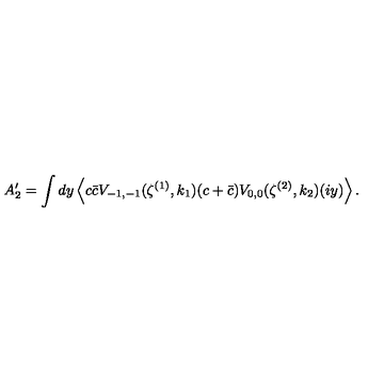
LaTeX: A _ { 2 } ^ { \prime } = \int d y \left\langle c \bar { c } V _ { - 1 , - 1 } ( \zeta ^ { ( 1 ) } , k _ { 1 } ) ( c + \bar { c } ) V _ { 0 , 0 } ( \zeta ^ { ( 2 ) } , k _ { 2 } ) ( i y ) \right\rangle .